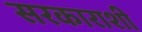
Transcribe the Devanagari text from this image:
सरकाराशी